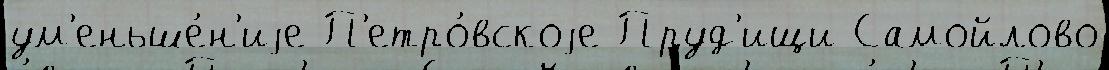
ум'еньше́н'иjе П'етро́вскоjе Пруд'ищи Самойлово